Annual returns of the Patna Lunatic Asylum at Bankipore in Bihar and Orissa - 1912-1924
Year: 1912
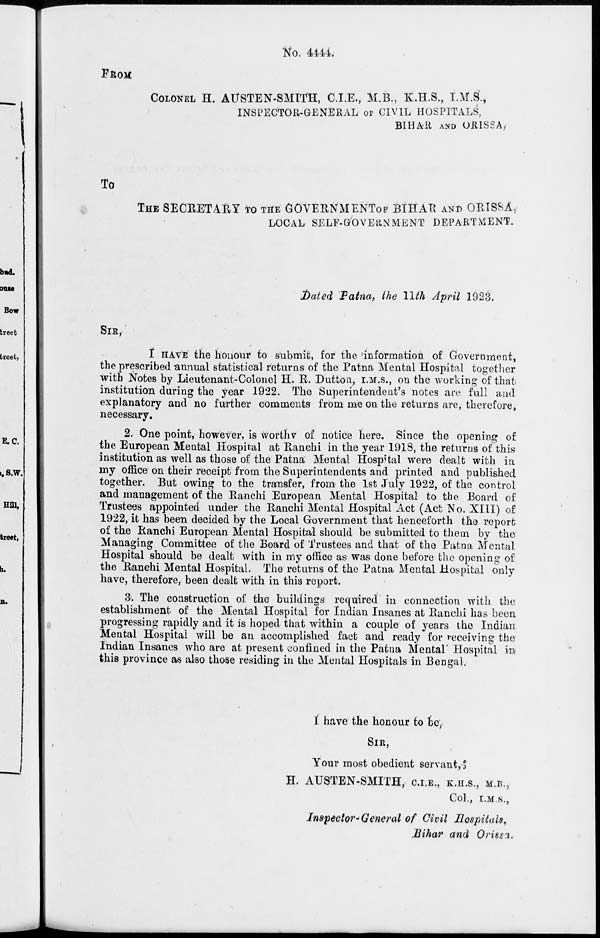
No. 4444.
FROM
COLONEL H. AUSTEN-SMITH, C.I.E., M.B., K.H.S., I.M.S.,
INSPECTOR-GENERAL OF CIVIL HOSPITALS,
BIHAR AND ORISSA,
To
THE SECRETARY TO THE GOVERNMENT OF BIHAR AND ORISSA,
LOCAL SELF-GOVERNMENT DEPARTMENT.
Dated Patna, the 11th April 1923.
SIR,
I HAVE the honour to submit, for the information of Government,
the prescribed annual statistical returns of the Patna Mental Hospital together
with Notes by Lieutenant-Colonel H. R. Dutton, I.M.S., on the working of that
institution during the year 1922. The Superintendent's notes are full and
explanatory and no further comments from me on the returns are, therefore,
necessary.
2. One point, however, is worthy of notice here. Since the opening of
the European Mental Hospital at Ranchi in the year 1918, the returns of this
institution as well as those of the Patna Mental Hospital were dealt with in
my office on their receipt from the Superintendents and printed and published
together. But owing to the transfer, from the 1st July 1922, of the control
and management of the Ranchi European Mental Hospital to the Board of
Trustees appointed under the Ranchi Mental Hospital Act (Act No. XIII) of
1922, it has been decided by the Local Government that henceforth the report
of the Ranchi European Mental Hospital should be submitted to them by the
Managing Committee of the Board of Trustees and that of the Patna Mental
Hospital should be dealt with in my office as was done before the opening of
the Ranchi Mental Hospital. The returns of the Patna Mental Hospital only
have, therefore, been dealt with in this report.
3. The construction of the buildings required in connection with the
establishment of the Mental Hospital for Indian Insanes at Ranchi has been
progressing rapidly and it is hoped that within a couple of years the Indian
Mental Hospital will be an accomplished fact and ready for receiving the
Indian Insanes who are at present confined in the Patna Mental Hospital in
this province as also those residing in the Mental Hospitals in Bengal.
I have the honour to be
SIR,
Your most obedient servant,
H. AUSTEN-SMITH, C.I.E., K.H.S., M.B.,
Col., I.M.S.,
Inspector-General of Civil Hospitals,
Bihar and Orissa.